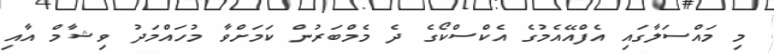
މި މައްސަލާގައި އެފްއޭއެމުގެ އެކްސްކޯގެ ދެ މެމްބަރުން ކަމަށްވާ މުހައްމަދު ވިޝާމް އާއި